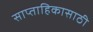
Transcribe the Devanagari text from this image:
साप्ताहिकासाठी